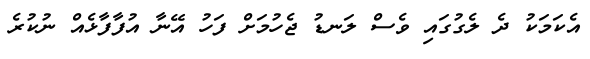
އެކަމަކު ދެ ލެގުގައި ވެސް ލަނޑު ޖެހުމަށް ފަހު އޭނާ އުފާފާޅެއް ނުކުރެ